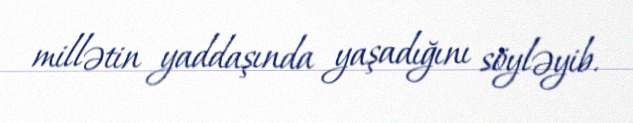
millətin yaddaşında yaşadığını söyləyib.